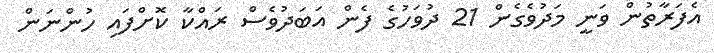
އެފަރާތުން ވަނީ މަދުވެގެން 21 ދުވަހުގެ ފެން އަބަދުވެސް ރައްކާ ކޮށްފައި ހުންނަން